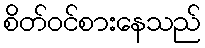
စိတ်ဝင်စားနေသည်